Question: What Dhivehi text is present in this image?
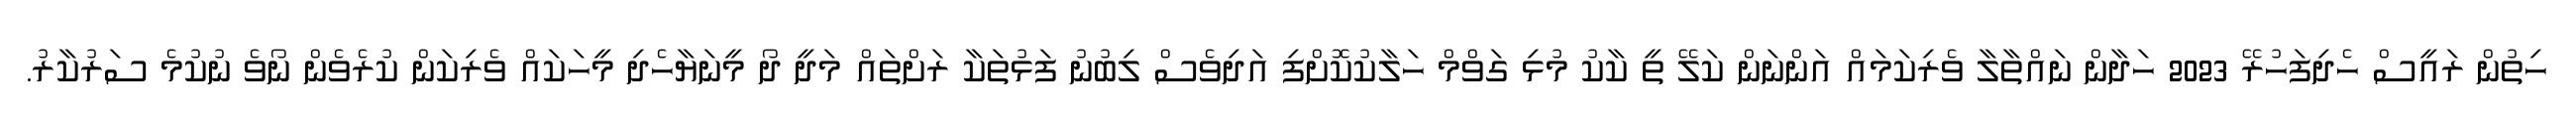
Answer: ހިތުން ރައީސް ހެދިފަހުރޭ 2023 ހަދާން ނައްތާލާ ވެރިކަމައް އަންނަން ކަލޭ ތީ ކާކު މުޅި ގަވްމް ހަލާކުކޮށްފި އަދިވެސް ލިބުނު ފަޅުތަކާ ރަށްތައް މަދީ ދޯ މީނަޔާހެދި މީހަކައް ވެރިކަން ކުރެވެން ނޯވެ ނުކުމެ ސަރުކާރު.